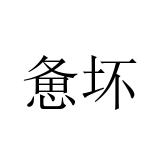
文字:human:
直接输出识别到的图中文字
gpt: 惫坏